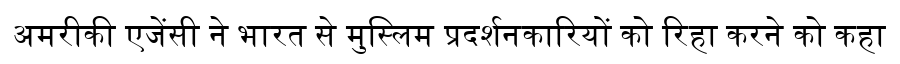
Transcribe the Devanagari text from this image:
अमरीकी एजेंसी ने भारत से मुस्लिम प्रदर्शनकारियों को रिहा करने को कहा